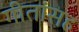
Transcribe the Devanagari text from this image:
गीतांसह